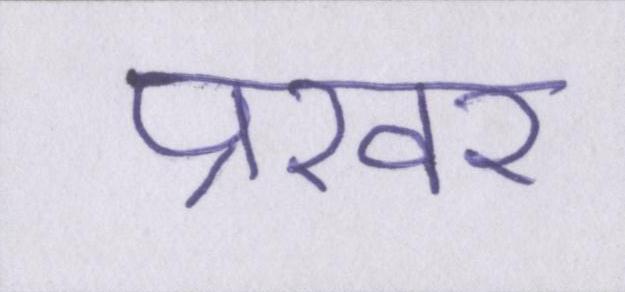
प्रखर